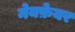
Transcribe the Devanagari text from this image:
मेयफ़ेयर